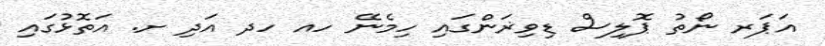
އަޕަރ ނޯތު ޕޮލިސް ޑިވިޜަންގައި ހިމެނޭ ހއ ހދ އަދި ށ. އަތޮޅުގައި